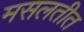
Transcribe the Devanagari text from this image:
मसलतीत